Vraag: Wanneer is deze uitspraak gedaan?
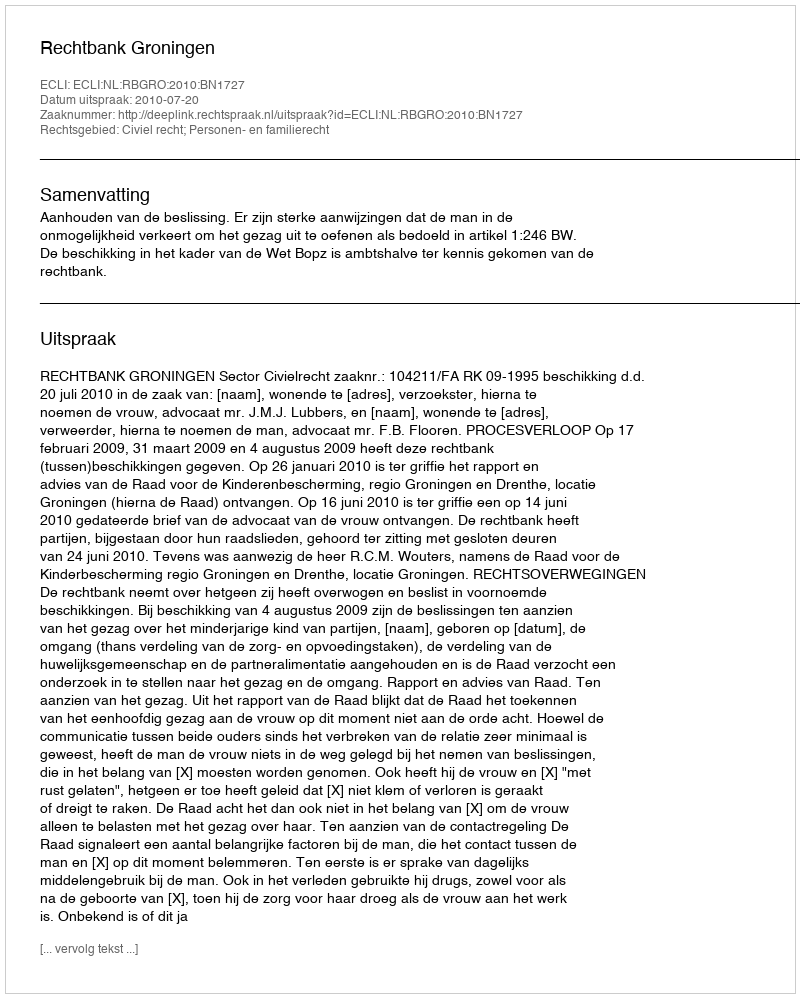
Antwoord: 2010-07-20